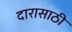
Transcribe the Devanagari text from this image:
दारासाठी